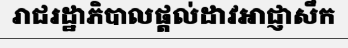
រាជរដ្ឋាភិបាលផ្តល់ដាវអាជ្ញាសឹក